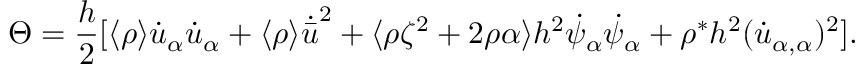
\Theta = \frac { h } { 2 } [ \langle \rho \rangle \dot { u } _ { \alpha } \dot { u } _ { \alpha } + \langle \rho \rangle \dot { \bar { u } } ^ { 2 } + \langle \rho \zeta ^ { 2 } + 2 \rho \alpha \rangle h ^ { 2 } \dot { \psi } _ { \alpha } \dot { \psi } _ { \alpha } + \rho ^ { * } h ^ { 2 } ( \dot { u } _ { \alpha , \alpha } ) ^ { 2 } ] .